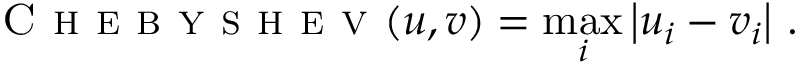
\textsc { C h e b y s h e v } ( u , v ) = \operatorname* { m a x } _ { i } \left| u _ { i } - v _ { i } \right| \, .